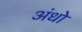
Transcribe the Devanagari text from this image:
अंधो